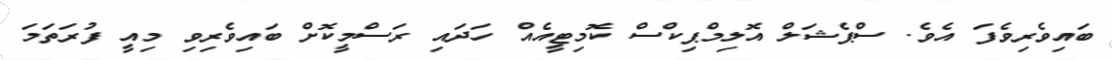
ބައިވެރިވެފަ އެވެ. ސްޕެޝަލް އޮލިމްޕިކްސް ކޮމިޓީއެއް ހަދައި ރަސްމީކޮށް ބައިވެރިވި މިއީ ފުރަތަމަ